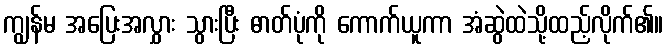
ကျွန်မ အပြေးအလွှား သွားပြီး ဓာတ်ပုံကို ကောက်ယူကာ အံဆွဲထဲသို့ထည့်လိုက်၏။